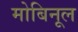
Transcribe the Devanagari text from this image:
मोबिनूल